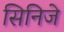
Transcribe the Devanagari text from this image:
सिनिजे